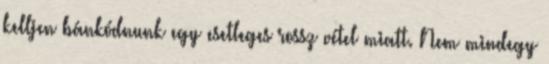
kelljen bánkódnunk egy esetleges rossz vétel miatt. Nem mindegy